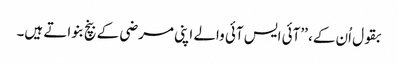
بقول اُن کے، ’’آئی ایس آئی والے اپنی مرضی کے بنچ بنواتے ہیں۔